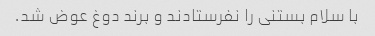
با سلام بستنی را نفرستادند و برند دوغ عوض شد.